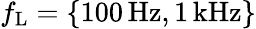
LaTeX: f_{\mathrm{L}}=\{ 100\, \mathrm{Hz},1\, \mathrm{kHz}\}